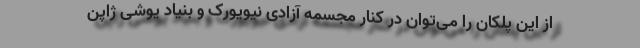
از این پلکان را می‌توان در کنار مجسمه آزادی نیویورک و بنیاد یوشی ژاپن